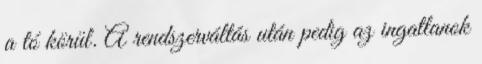
a tó körül. A rendszerváltás után pedig az ingatlanok